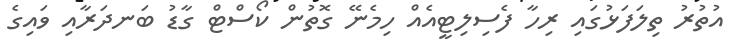
އުތުރު ތިލަފަޅުގައި ރިހާ ފެސިލިޓީއެއް ހިމެނޭ ގޮތުން ކޯސްޓް ގާޑު ބަނދަރާއި ވައިގެ